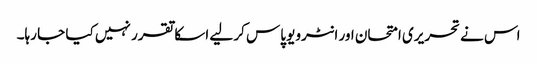
اس نے تحریری امتحان اور انٹرویو پاس کر لیے اسکا تقرر نہیں کیا جا رہا۔